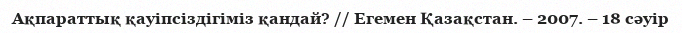
Ақпараттық қауіпсіздігіміз қандай? // Егемен Қазақстан. – 2007. – 18 сәуір